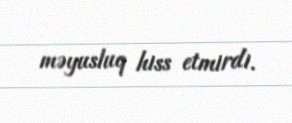
məyusluq hiss etmirdi.